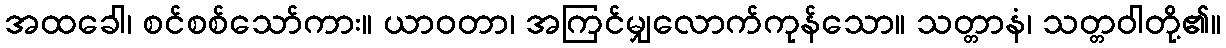
အထခေါ၊ စင်စစ်သော်ကား။ ယာဝတာ၊ အကြင်မျှလောက်ကုန်သော။ သတ္တာနံ၊ သတ္တဝါတို့၏။